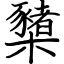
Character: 櫫